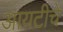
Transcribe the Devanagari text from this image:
आयटीचे